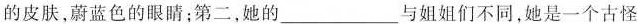
的皮肤，蔚蓝色的眼睛；第二，她的___与姐姐们不同，她是一个古怪